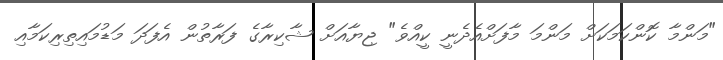
"މަންމާ ކޮންކަމަކަށް މަންމަ މާފަށްއެދެނީ ކީއްވެ" ޖިޔާއަށް ޝާކިރާގެ ފަރާތުން އެފަދަ މަޑުމައިތިރިކަމާއި